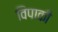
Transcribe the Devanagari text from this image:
विपाकी